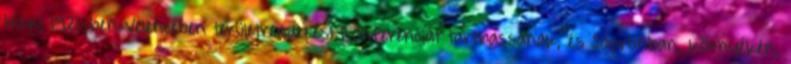
hogy 1921-ben Velencében területrendezési konferenciát tarthassanak, és Sopronban, környékén,